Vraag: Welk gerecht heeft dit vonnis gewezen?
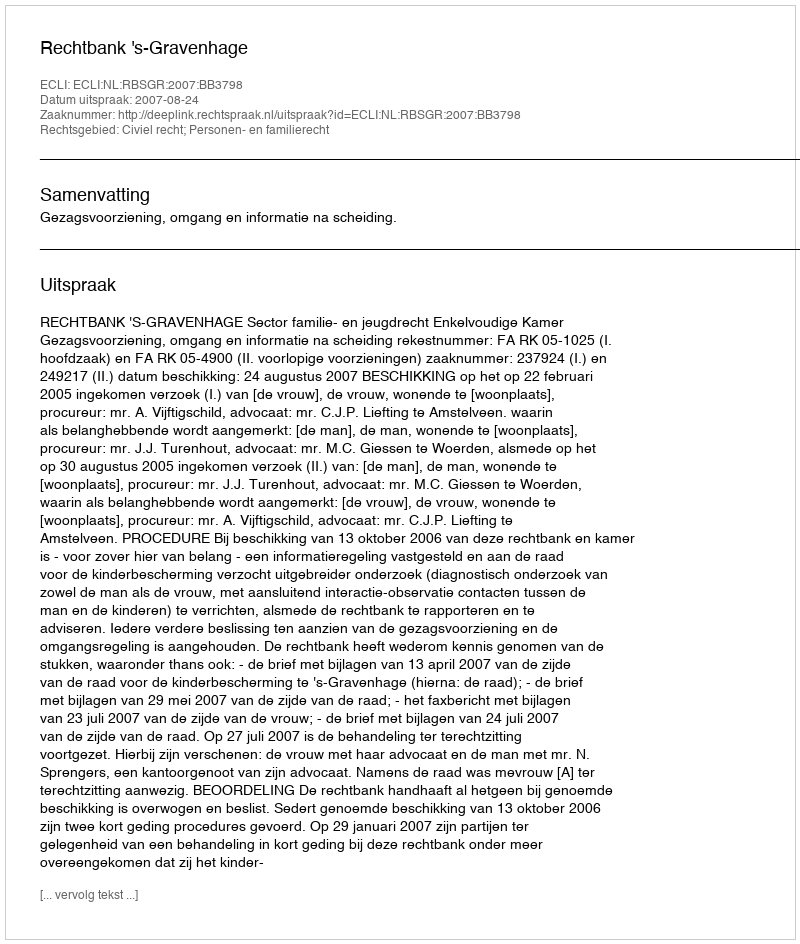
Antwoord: Rechtbank 's-Gravenhage